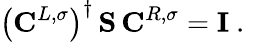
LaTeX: \left(\mathbf{C}^{L,\sigma}\right)^{\dagger}\, \mathbf{S}\, \mathbf{C}^{R,\sigma}=\mathbf{I}\mathrm{~.~}